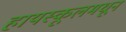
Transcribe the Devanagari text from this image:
हायस्‍कूलमधून